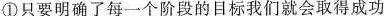
①只要明确了每一个阶段的目标我们就会取得成功